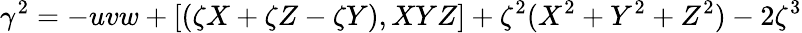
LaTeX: \gamma^{2}=-uvw+[(\zeta X+\zeta Z-\zeta Y),XYZ]+\zeta^{2}(X^{2}+Y^{2}+Z^{2})-2\zeta^{3}